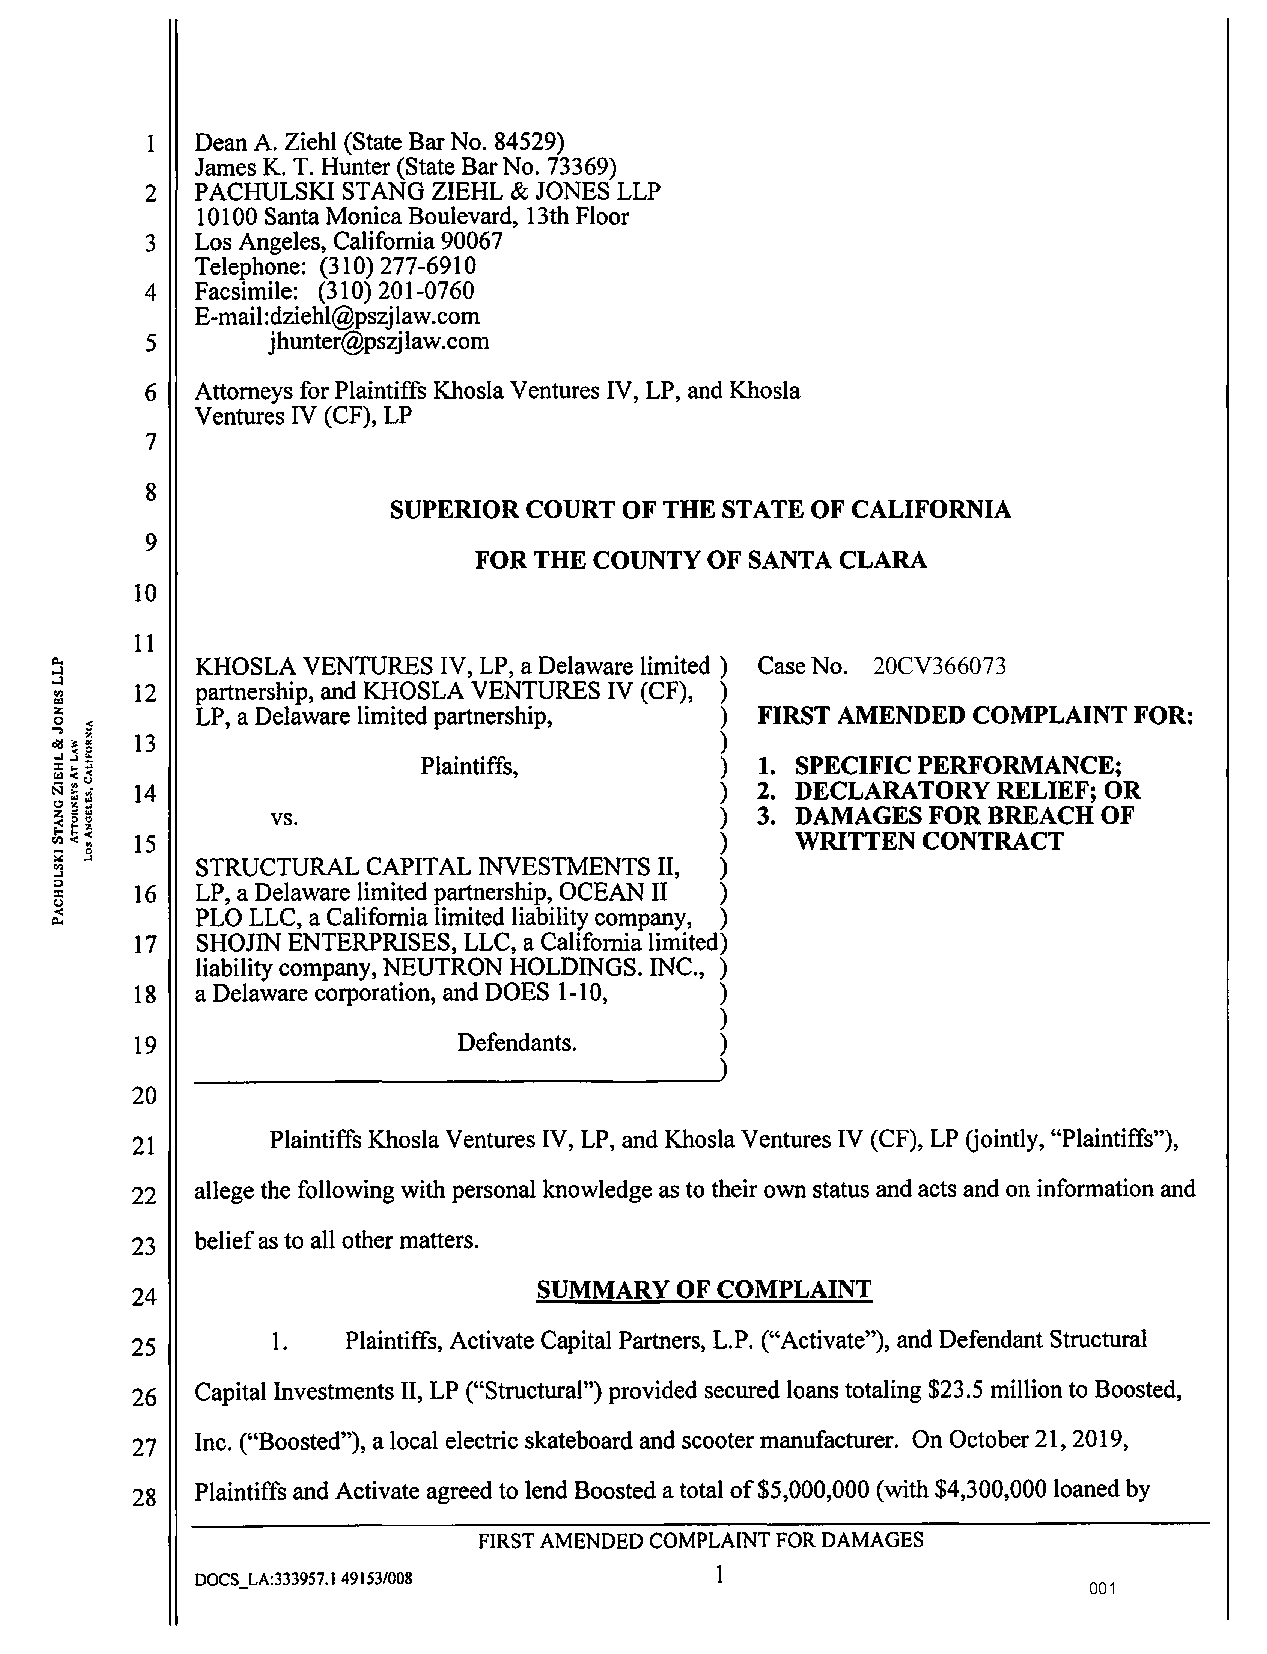
1  Dean A. Ziehl (State Bar No. 84529)
 James K. T. Hunter (State Bar No. 73369)
 2  PACHULSKI STANG ZIEHL & JONES LLP
 10100 Santa Monica Boulevard, 13th Floor
 3  Los Angeles, California 90067
 Telephone: (310) 277-6910
 4  Facsimile: (310) 201-0760
 E-mail:dziehl@pszjlaw.com
 5       jhunter@pszjlaw.com
 6  Attorneys for Plaintiffs Khosla Ventures IV, LP, and Khosla
 Ventures IV (CF), LP
 7
 8
 SUPERIOR COURT OF THE STATE OF CALIFORNIA
 9
 FOR THE COUNTY  OF SANTA CLARA
 10
 11
 ~        KHOSLA VENTURES IV, LP, a Delaware limited ) Case No . 20CV366073
 .J
 . VJ , 12 partnership, and KHOSLA VENTURES IV (CF), )
 Izll
 LP, a Delaware limited partnership, ) FIRST AMENDED COMPLAINT FOR:
 0
 " o" d) 13                                   )
 :, :. cJ :              Plaintiffs,         ) 1. SPECIFIC PERFORMANCE;
 Ill
 N     14                                     ) 2. DECLARATORY  RELIEF; OR
 0z            vs.                           ) 3. DAMAGES FOR BREACH  OF
 ~
 tll   15                                     )    WRITTEN CONTRACT
 ~        STRUCTURAL CAPITAL INVESTMENTS II, )
 V,
 ,.J
 : :: i: :i 16 LP, a Delaware limited partnership, OCEAN II )
 (<.)
 PLO LLC, a California limited liability company, )
 Q.,
 17  SHOJIN ENTERPRISES, LLC, a California limited)
 liability company, NEUTRON HOLDINGS. INC., )
 18  a Delaware corporation, and DOES 1-10, )
 )
 19                   Defendants.       )
 20
 Plaintiffs Khosla Ventures IV, LP, and Khosla Ventures IV (CF), LP Gointly, "Plaintiffs"),
 21
 allege the following with personal knowledge as to their own status and acts and on information and
 22
 belief as to all other matters.
 23
 SUMMARY  OF COMPLAINT
 24
 I.   Plaintiffs, Activate Capital Partners, L.P. ("Activate"), and Defendant Structural
 25
 Capital Investments II, LP ("Structural") provided secured loans totaling $23.5 million to Boosted,
 26
 Inc. ("Boosted"), a local electric skateboard and scooter manufacturer. On October 21, 2019,
 27
 Plaintiffs and Activate agreed to lend Boosted a total of $5,000,000 (with $4,300,000 loaned by
 28
 FIRST AMENDED COMPLAINT FOR DAMAGES
 1
 DOCS_LA:333957.1 49153/008
 001